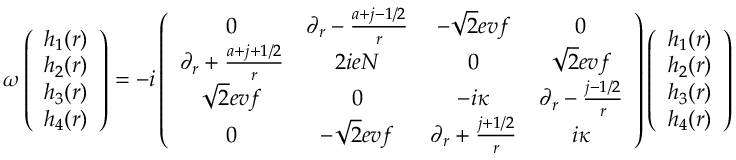
\omega \left( \begin{array} { c } { { h _ { 1 } ( r ) } } \\ { { h _ { 2 } ( r ) } } \\ { { h _ { 3 } ( r ) } } \\ { { h _ { 4 } ( r ) } } \end{array} \right) = - i \left( \begin{array} { c c c c } { { 0 } } & { { \partial _ { r } - { \frac { a + j - 1 / 2 } { r } } } } & { { - \sqrt { 2 } e v f } } & { { 0 } } \\ { { \partial _ { r } + { \frac { a + j + 1 / 2 } { r } } } } & { { 2 i e N } } & { { 0 } } & { { \sqrt { 2 } e v f } } \\ { { \sqrt { 2 } e v f } } & { { 0 } } & { { - i \kappa } } & { { \partial _ { r } - { \frac { j - 1 / 2 } { r } } } } \\ { { 0 } } & { { - \sqrt { 2 } e v f } } & { { \partial _ { r } + { \frac { j + 1 / 2 } { r } } } } & { { i \kappa } } \end{array} \right) \left( \begin{array} { c } { { h _ { 1 } ( r ) } } \\ { { h _ { 2 } ( r ) } } \\ { { h _ { 3 } ( r ) } } \\ { { h _ { 4 } ( r ) } } \end{array} \right)